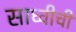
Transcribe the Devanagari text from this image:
साध्वीची